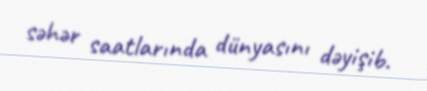
səhər saatlarında dünyasını dəyişib.